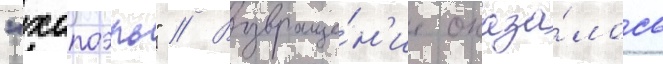
"хапоэль" // Возвраще́н'ие оказа́лось